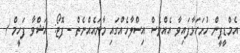
އެމްޑީޕީން ހުށަހަޅާފައިވާ އެއްވެސް އިސްލާހެއްގައި މާނައެއްނެތް - ފޮޓޯ: އަޝްވާ ފަހީމް /